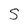
Character: S